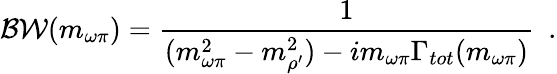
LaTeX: {\cal BW}(m_{\omega\pi})={\frac{1}{(m_{\omega\pi}^{2}-m_{\rho^{\prime}}^{2})-im_{\omega\pi}\Gamma_{tot}(m_{\omega\pi})}}~~.